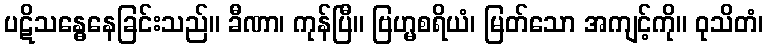
ပဋိသန္ဓေနေခြင်းသည်။ ခီဏာ၊ ကုန်ပြီ။ ဗြဟ္မစရိယံ၊ မြတ်သော အကျင့်ကို။ ဝုသိတံ၊